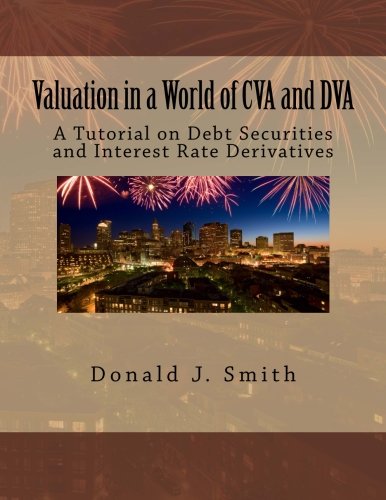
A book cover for Valuation in a World of CVA and DVA: A Tutorial on Debt Securities and Interest Rate Derivatives; Donald J Smith; Business & Money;